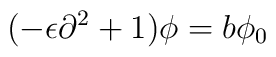
(-\epsilon \partial ^2 + 1) \phi = b \phi_0